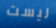
ليست